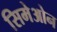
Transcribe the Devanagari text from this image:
सिमेओन